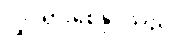
လှုပ်ရှားစေနိုင်သည်။